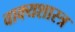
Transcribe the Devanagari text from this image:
वाक्यशास्त्र